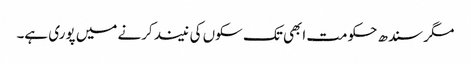
مگر سندھ حکومت ابھی تک سکوں کی نیند کرنے میں پوری ہے۔